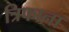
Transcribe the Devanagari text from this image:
त्रिफाना